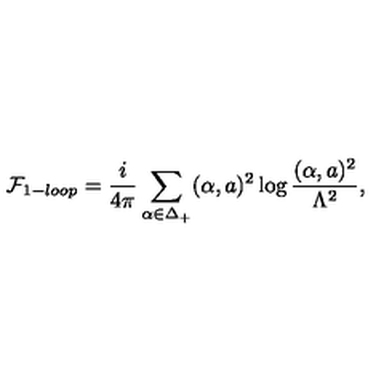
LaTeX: { \cal F } _ { 1 - l o o p } = { \frac { i } { 4 \pi } } \sum _ { \alpha \in \Delta _ { + } } ( \alpha , a ) ^ { 2 } \log { \frac { ( \alpha , a ) ^ { 2 } } { \Lambda ^ { 2 } } } ,